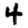
Digit: 4